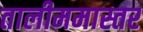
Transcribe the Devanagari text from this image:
तालीममास्तर